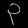
Digit: ၃